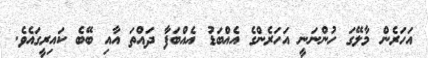
އަހަރެން މާލޭގަ ހުންނަނީ އަހަރެންގެ އެއްބަޑު އެއްބަފާ ދައްތަ އާއި ބޭބެ ކައިރީގައެވެ.